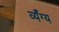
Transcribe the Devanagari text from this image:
व्यँग्य